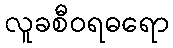
လူခစီဝရဓရော